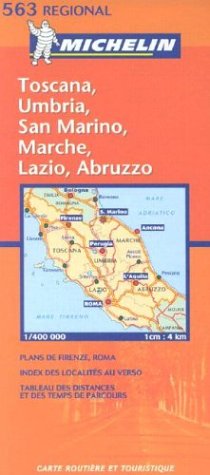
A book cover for Michelin Toscana, Umbria, San Marino, Marche, Lazio, Abruzzo (Michelin Maps); Michelin Travel Publications; Travel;